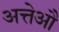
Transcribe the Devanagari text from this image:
अत्तेऔ